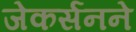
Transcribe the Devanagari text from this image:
जेकर्सनने